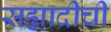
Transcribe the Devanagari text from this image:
सह्यादीची